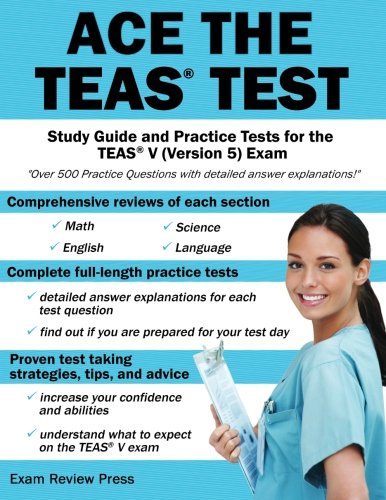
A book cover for Ace the TEAS Test: Study Guide and Practice Tests for the TEAS V (Version 5) Exam; Ace the Test Team; Test Preparation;